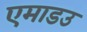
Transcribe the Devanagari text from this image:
एमाडउ